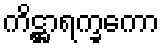
ကိဋ္ဌာရက္ခကော